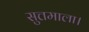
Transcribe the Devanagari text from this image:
सुत्तमाला।